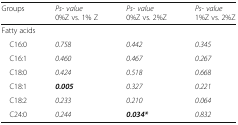
<table><thead><tr><td><b>Groups</b></td><td><b><i>Ps- value</i>0%Z vs. 1% Z</b></td><td><b><i>Ps- value</i>0%Z vs. 2%Z</b></td><td><b><i>Ps- value</i>1%Z vs. 2%Z</b></td></tr></thead><tbody><tr><td colspan="4">Fatty acids</td></tr><tr><td> C16:0</td><td><i>0.758</i></td><td><i>0.442</i></td><td><i>0.345</i></td></tr><tr><td> C16:1</td><td><i>0.460</i></td><td><i>0.467</i></td><td><i>0.267</i></td></tr><tr><td> C18:0</td><td><i>0.424</i></td><td><i>0.518</i></td><td><i>0.668</i></td></tr><tr><td> C18:1</td><td><b><i>0.005</i></b></td><td><i>0.327</i></td><td><i>0.221</i></td></tr><tr><td> C18:2</td><td><i>0.233</i></td><td><i>0.210</i></td><td><i>0.064</i></td></tr><tr><td> C24:0</td><td><i>0.244</i></td><td><b><i>0.034*</i></b></td><td><i>0.832</i></td></tr></tbody></table>